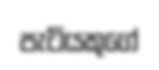
පැටියකුගේ